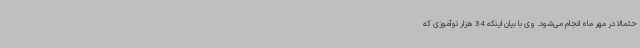
حتمالا در مهر ماه انجام می‌شود. وی با بیان اینکه 34 هزار نوآموزی که